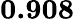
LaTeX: \mathbf{0.908}